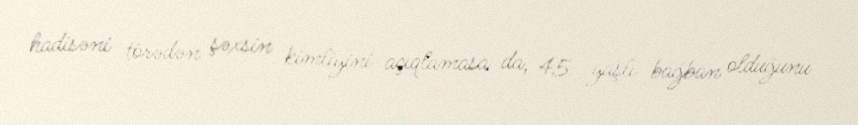
hadisəni törədən şəxsin kimliyini açıqlamasa da, 45 yaşlı bağban olduğunu